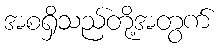
အစရှိသည်တို့အတွက်